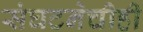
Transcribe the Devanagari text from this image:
संघटनेचीही